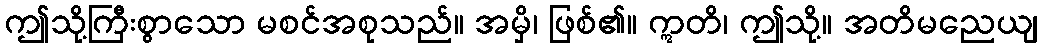
ဤသို့ကြီးစွာသော မစင်အစုသည်။ အမှိ၊ ဖြစ်၏။ ဣတိ၊ ဤသို့။ အတိမညေယျ